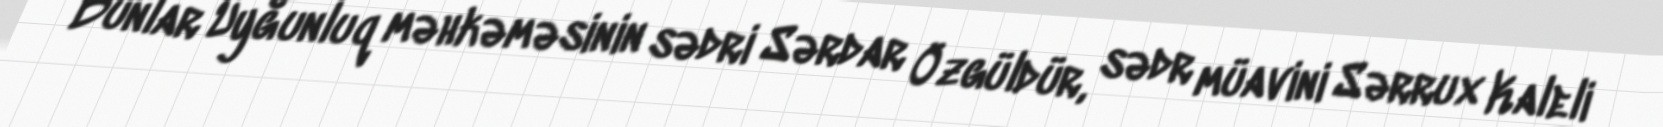
Bunlar Uyğunluq məhkəməsinin sədri Sərdar Özgüldür, sədr müavini Sərrux Kaleli